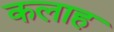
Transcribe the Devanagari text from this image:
कलाह